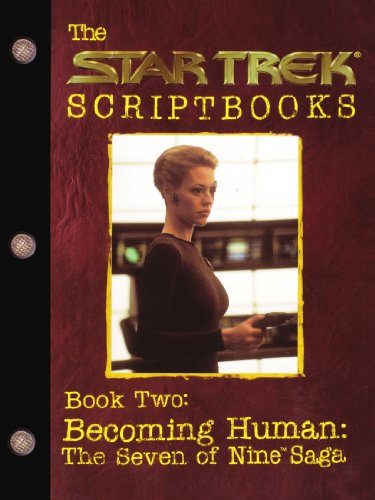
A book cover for Star Trek Script Book Becoming Human: The Seven of Nine Saga : Script Book #2; Various; Science Fiction & Fantasy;